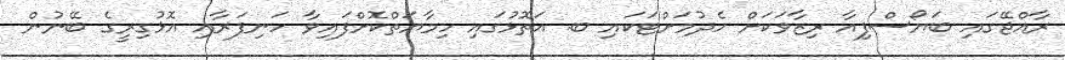
ރާއްޖޭގައި ބަޔޯސްފިއާ ރިޒާވަކަށް ހެދުމަށްޓަކައި ބ. އަތޮޅުގައި ހިމާޔަތްކޮށްފައިވާ ހަނިފަރާއި އޮޅުގިރީގެ ބޭނުން